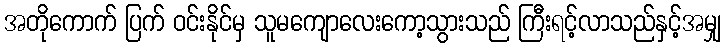
အတိုကောက် ပြက် ဝင်းနိုင်မှ သူမကျောလေးကော့သွားသည် ကြီးရင့်လာသည်နှင့်အမျှ